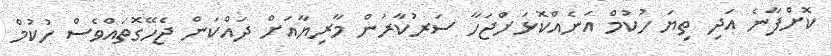
ކޮށްފާނެ އަދި ތިޔަ ހުކުމް އަނެއްކޮޅަށްޖަހާ ސަރުކާރުން މާރިޔާއަށް ދައްކަން ޖެހޭގޮތައްވެސް ހުކުމް